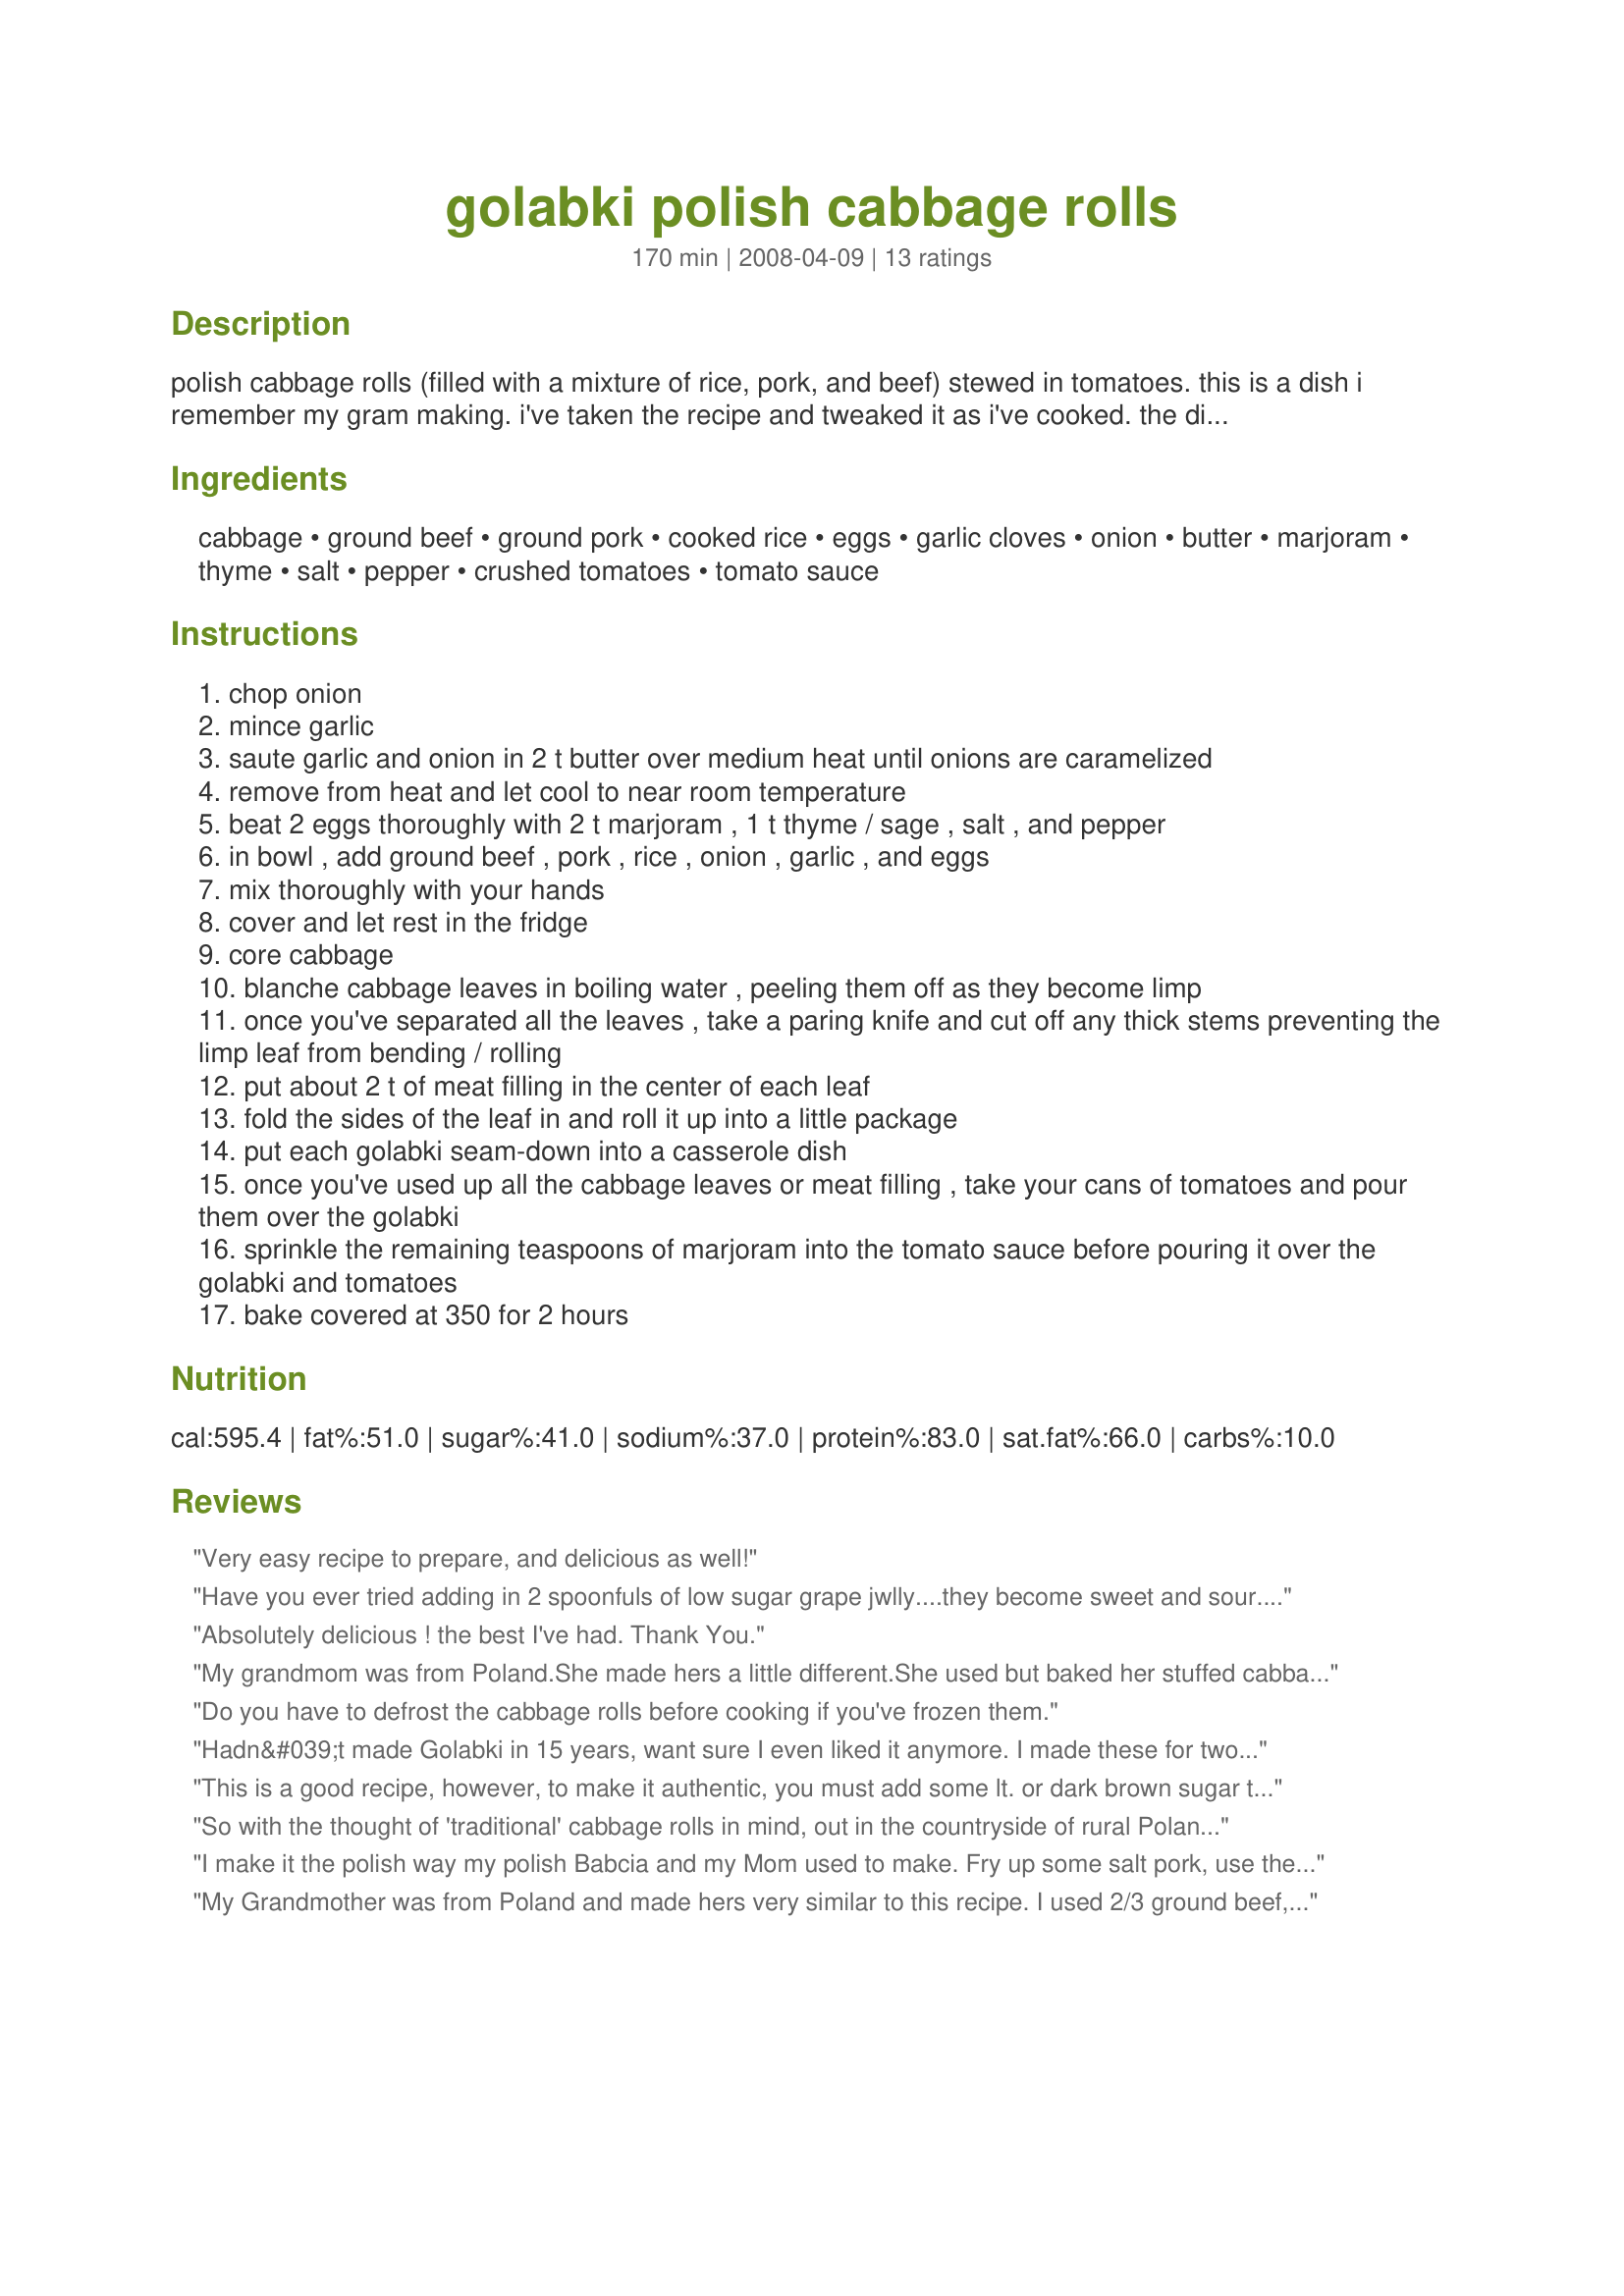
golabki polish cabbage rolls
Preparation time: 170 minutes

polish cabbage rolls (filled with a mixture of rice, pork, and beef) stewed in tomatoes.

this is a dish i remember my gram making. i've taken the recipe and tweaked it as i've cooked.

the dish is hearty and delicious--and known by other names throughout eastern europe. i've made it for friends who have never had polish food before, and they loved it with a fervor that surprised me.

it may look very time intensive, but it's a meal unto itself and can be frozen or reheated easily. it also helps to split it into two main phases: 1) making the meat filling and freezing the cabbage the night before; 2) assembling the golabki.

for polish food, it's surprisingly easy (this is coming from someone who makes her own pierogi from scratch).

enjoy!

Ingredients:
cabbage, ground beef, ground pork, cooked rice, eggs, garlic cloves, onion, butter, marjoram, thyme, salt, pepper, crushed tomatoes, tomato sauce

Steps:
chop onion
mince garlic
saute garlic and onion in 2 t butter over medium heat until onions are caramelized
remove from heat and let cool to near room temperature
beat 2 eggs thoroughly with 2 t marjoram , 1 t thyme / sage , salt , and pepper
in bowl , add ground beef , pork , rice , onion , garlic , and eggs
mix thoroughly with your hands
cover and let rest in the fridge
core cabbage
blanche cabbage leaves in boiling water , peeling them off as they become limp
once you've separated all the leaves , take a paring knife and cut off any thick stems preventing the limp leaf from bending / rolling
put about 2 t of meat filling in the center of each leaf
fold the sides of the leaf in and roll it up into a little package
put each golabki seam-down into a casserole dish
once you've used up all the cabbage leaves or meat filling , take your cans of tomatoes and pour them over the golabki
sprinkle the remaining teaspoons of marjoram into the tomato sauce before pouring it over the golabki and tomatoes
bake covered at 350 for 2 hours

Reviews:
Very easy recipe to prepare, and delicious as well!
Have you ever tried adding in 2 spoonfuls of low sugar grape jwlly....they become sweet and sour...really yummy.
Absolutely delicious !
the best I've had. 
Thank You.
My grandmom was from Poland.She made hers a little different.She used but baked her stuffed cabbage with a little water ,When they were cooked she added crushed tomatoes .Mom would put sour kraut on top We would put a big handful of the groundbeef mixture in the leafs .My family loves it.
Do you have to defrost the cabbage rolls before cooking if you've frozen them.
Hadn&#039;t made Golabki in 15 years, want sure I even liked it anymore. I made these for two families last night, everyone wanted the leftovers. This recipe is the BEST!! I had one with an egg on top for breakfast this morning...I&#039;ll be having it that way for dinner!!!
This is a good recipe, however, to make it authentic, you must add some lt. or dark brown sugar to the tomato sauce/crushed tomato mixture. Maybe 2 T would do it. My Polish mother would also buy some fat back/salt pork and score it, then slowly render it down and pour it over the golabki. I make these and I leave it out...however that is the real Polish way to do it. I find the stuffed cabbage does absorb a lot of the juice from the tomatoes so I also add tomato juice to the tomato mixture.
So with the thought of 'traditional' cabbage rolls in mind, out in the countryside of rural Poland in the early 1900s, did they use tomatoes? Or tomato sauce? My grandmother always used tomato sauce, but I could never figure out if they used tomatoes in 'old Poland'.
I make it the polish way my polish Babcia and my Mom used to make. Fry up some salt pork, use the melted salt pork juice and mix with the meat and rice instead of using butter. I don't use marjoram.
My Grandmother was from Poland and made hers very similar to this recipe. I used 2/3 ground beef, 1/3 ground pork and only 2 large cloves of garlic. I followed the recipe almost exactly as written here but simmered mine on the stove (very large heavy- bottomed pot) covered for about 2 to 21/2 hours as this is the way we have always cooked ours. Any left over meat filling I used to make little meatballs and added into the pot. This was a fantastic recipe. Thank you for posting!
I have made these before and they are wonderful! Wondering how much planning ahead I can do... I was hoping to assemble everything the night before and then pull out next day, add tomato sauce and pop in the oven. Would this work? Thanks!
Got them cooking in the oven now! I use sauerkraut cabbage leave for the extra zing and instead of sage I use fresh dill. I also saut&eacute; some smoky bacon and add that to the bottom of the pot with left over cabbage leaves. I use passata and a little beef stock and some parsley. Serve with steaming hot mash potato! I always make s huge batch and it gets eater for breakfast lunch and dinner for a few days, whole family loves them!
Cabbage rolls were absolutely delicious, found the sauce to be way too acidic, will try without the whole tin of tomato sauce next time. Suggest using the crushed tomatoes with just a bit of tomato sauce mixed in.
